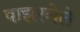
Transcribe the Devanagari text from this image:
पाझरलेले